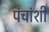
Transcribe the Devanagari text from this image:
पंचांशी